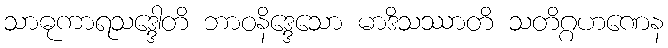
သာဓုကာရသဒ္ဒေါတိ ဘာဝနိဒ္ဒေသော မာဒိသဿာတိ သတိဂ္ဂဟဏေန